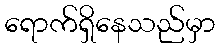
ရောက်ရှိနေသည်မှာ